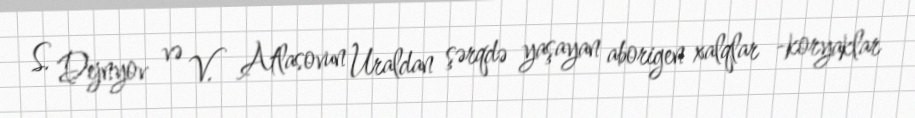
S. Dejnyov və V. Atlasovun Uraldan şərqdə yaşayan aborigen xalqlar -koryaklar